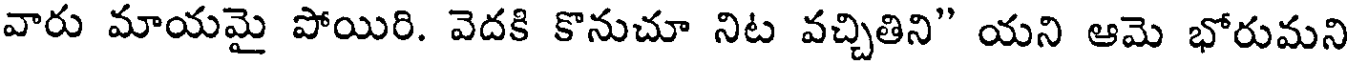
వారు మాయమై పోయిరి. వెదకి కొనుచూ నిట వచ్చితిని" యని ఆమె భోరుమని